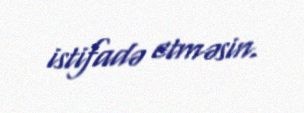
istifadə etməsin.